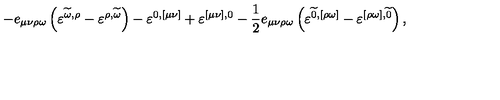
- e _ { \mu \nu \rho \omega } \left( \varepsilon ^ { \widetilde { \omega } , \rho } - \varepsilon ^ { \rho , \widetilde { \omega } } \right) - \varepsilon ^ { 0 , [ \mu \nu ] } + \varepsilon ^ { [ \mu \nu ] , 0 } - \frac { 1 } { 2 } e _ { \mu \nu \rho \omega } \left( \varepsilon ^ { \widetilde { 0 } , [ \rho \omega ] } - \varepsilon ^ { [ \rho \omega ] , \widetilde { 0 } } \right) ,